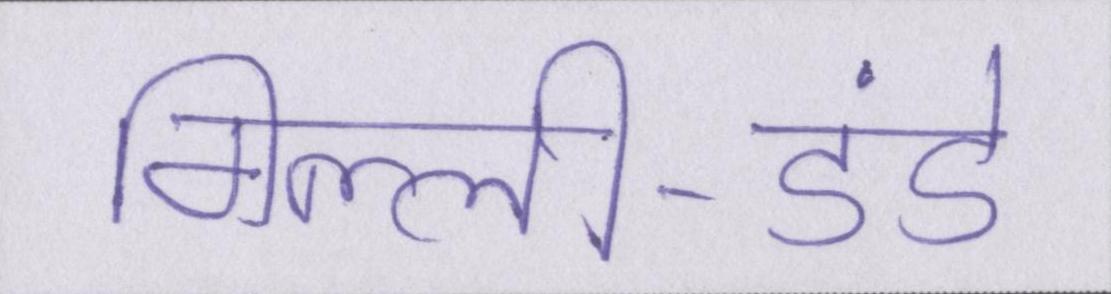
गिल्ली-डंडे